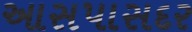
આસપાસદર